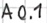
Text: A0.1